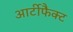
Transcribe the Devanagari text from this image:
आर्टीफैक्ट